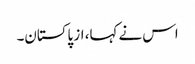
اس نے کہا، از پاکستان۔